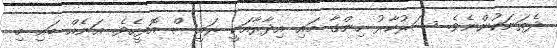
ދެތަނަކުންނެވެ. ސަރުކާރު ހިންގާ މައި އިދާރާއަކީ ރައީސް އޮފީހެވެ. އަނެއް ބައި މި